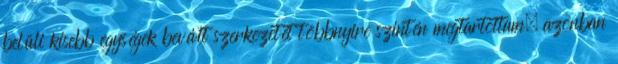
belüli kisebb egységek bevált szerkezetét többnyire szintén megtartottam, azonban